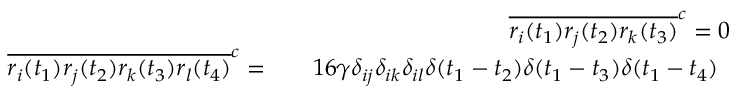
\begin{array} { r l r } & { } & { \overline { { r _ { i } ( t _ { 1 } ) r _ { j } ( t _ { 2 } ) r _ { k } ( t _ { 3 } ) } } ^ { c } = 0 } \\ & { } & { \begin{array} { r l r } { \overline { { r _ { i } ( t _ { 1 } ) r _ { j } ( t _ { 2 } ) r _ { k } ( t _ { 3 } ) r _ { l } ( t _ { 4 } ) } } ^ { c } = } & { } & { 1 6 \gamma \delta _ { i j } \delta _ { i k } \delta _ { i l } \delta ( t _ { 1 } - t _ { 2 } ) \delta ( t _ { 1 } - t _ { 3 } ) \delta ( t _ { 1 } - t _ { 4 } ) } \end{array} } \end{array}